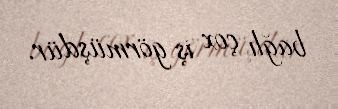
bağlı çox iş görmüşdür.